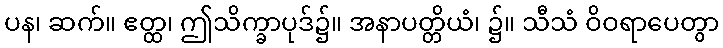
ပန၊ ဆက်။ ဧတ္ထ၊ ဤသိက္ခာပုဒ်၌။ အနာပတ္တိယံ၊ ၌။ သီသံ ဝိဝရာပေတွာ